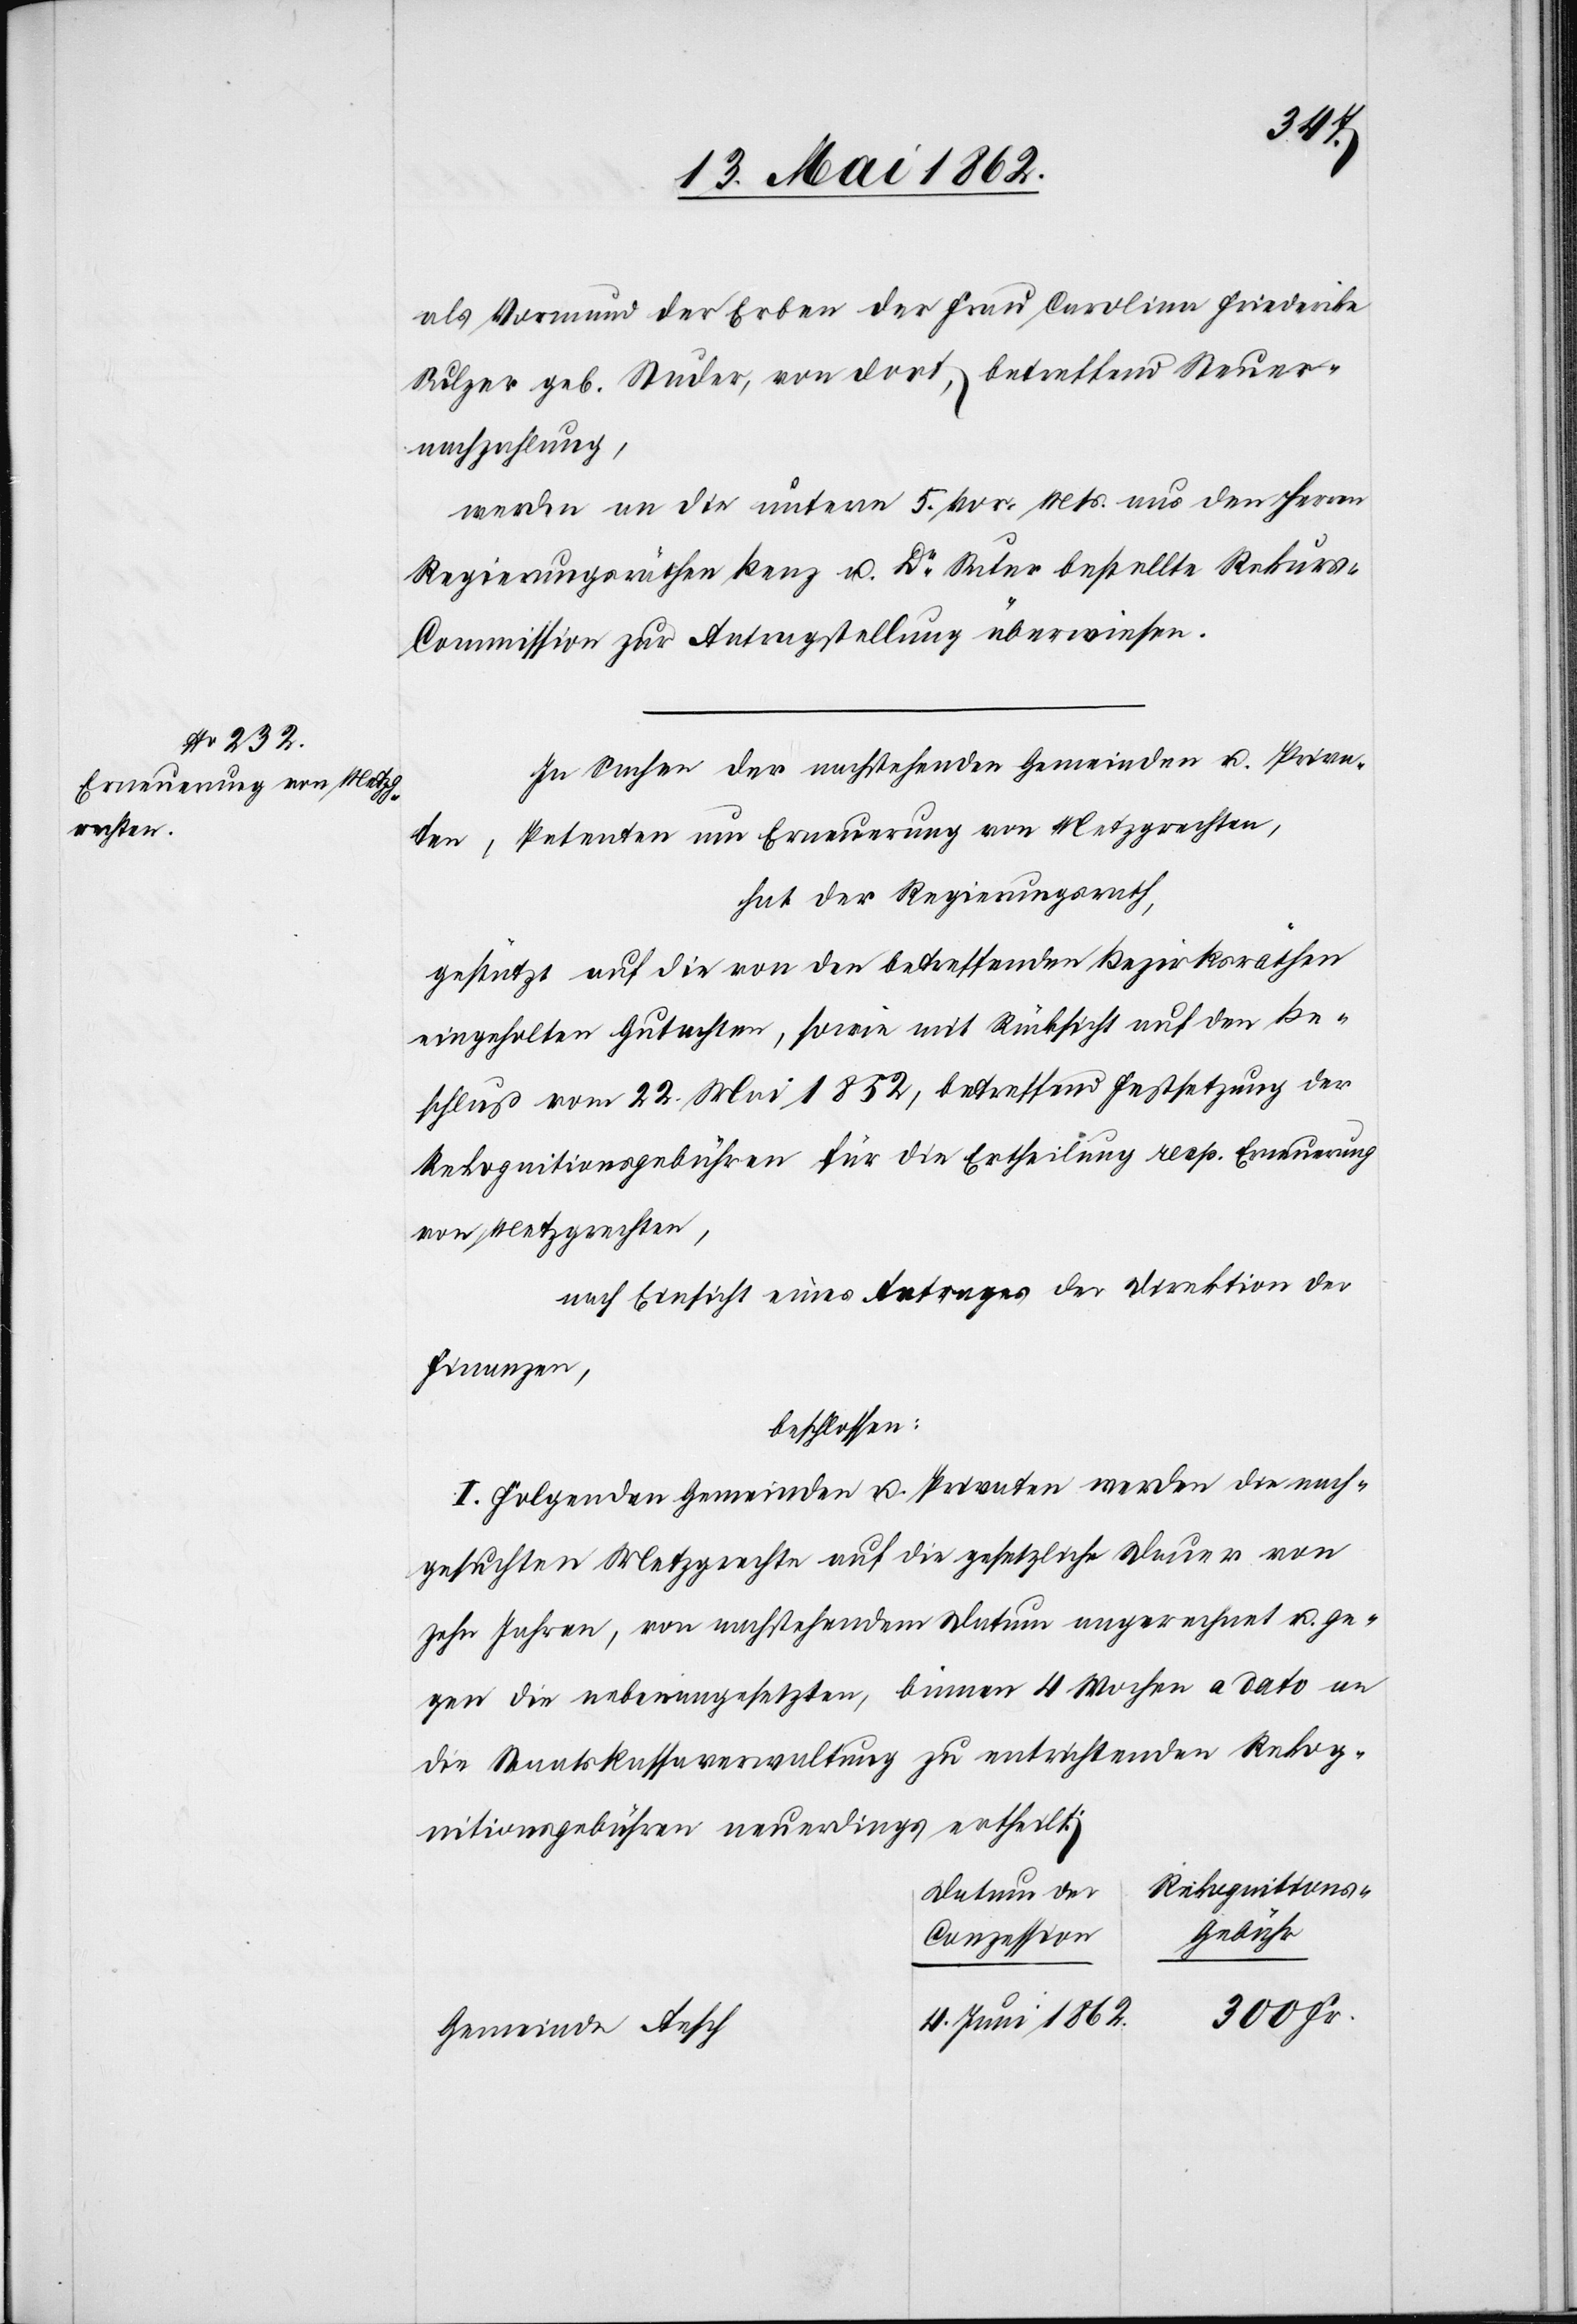
als Vormund der Erben der Frau Carolina Friederika
Sulzer geb. Studer, von dort, betreffend Steuer¬
nachzahlung,
werden an die unterm 5. vor. Mts. aus den Herren
Regierungsräthen Benz u. Dr. Suter bestellte Rekur¬
s-Commission zur Antragstellung überwiesen.
In Sachen der nachstehenden Gemeinden u. Priva¬
Petenten um Erneuerung von Metzgrechten,
ten,
hat der Regierungsrath,
gestützt auf die von den betreffenden Bezirksräthen
eingeholten Gutachten, sowie mit Rücksicht auf den Be¬
schluß vom 22. Mai 1852, betreffend Festsetzung der
Rekognitionsgebühren für die Ertheilung resp. Erneuerung
von Metzgrechten,
nach Einsicht eines Antrages der Direktion der
Finanzen,
beschlossen:
I. Folgenden Gemeinden u. Privaten werden die nach¬
gesuchten Metzgrechte auf die gesetzliche Dauer von
zehn Jahren, von nachstehendem Datum angerechnet u. ge¬
gen die nebenangesetzten, binnen 4 Wochen a dato an
die Staatskassaverwaltung zu entrichtenden Rekog¬
nitionsgebühren neuerdings ertheilt:
Rekonitions-
Datum der
Conzession
300 Fr.
4. Juni 1862
Gemeinde Aesch